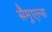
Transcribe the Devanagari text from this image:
सैमुएल्स